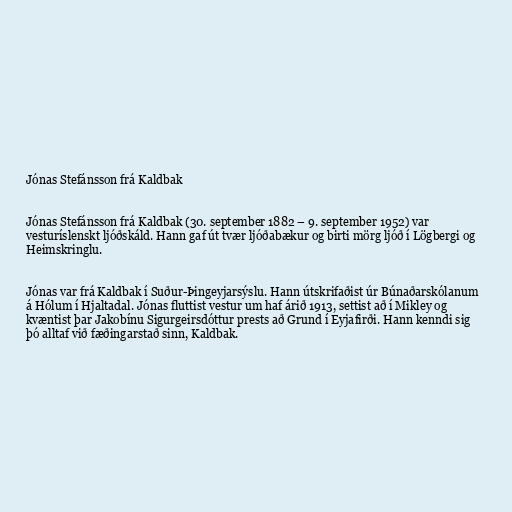
Jónas Stefánsson frá Kaldbak

Jónas Stefánsson frá Kaldbak (30. september 1882 – 9. september 1952) var
vesturíslenskt ljóðskáld. Hann gaf út tvær ljóðabækur og birti mörg ljóð í Lögbergi og
Heimskringlu.

Jónas var frá Kaldbak í Suður-Þingeyjarsýslu. Hann útskrifaðist úr Búnaðarskólanum
á Hólum í Hjaltadal. Jónas fluttist vestur um haf árið 1913, settist að í Mikley og
kvæntist þar Jakobínu Sigurgeirsdóttur prests að Grund í Eyjafirði. Hann kenndi sig
þó alltaf við fæðingarstað sinn, Kaldbak.